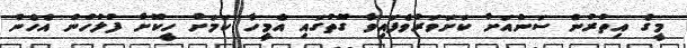
މީގެ އިތުރުން ސަންއަށް ކަށަވަރުވެފައިވާ ގޮތުގައި އެމީހާ ކަމަށް ހީކޮށް ފުލުހުން އެހެން